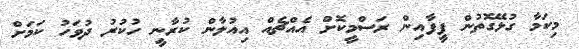
މިކަމާ ގުޅޭގޮތުން ފީފާއިން ރަސްމީކޮށް އެއްޗެއް އިއުލާން ކުރާނީ ހުކުރު ދުވަހު ކަމަށް